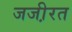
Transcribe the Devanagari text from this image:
जजी़रत